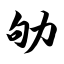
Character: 劬